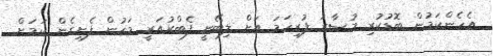
އެހެންކަމުން ބޮޑުކުރި މުސާރަ ފުރިހަމަ އަށް ލިބޭނީ ފެބްރުއަރީ މަހުން ފެށިގެން ކަމަށް